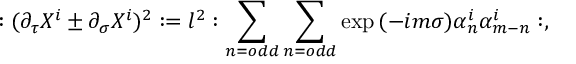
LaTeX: : ( \partial _ { \tau } X ^ { i } \pm \partial _ { \sigma } X ^ { i } ) ^ { 2 } : = l ^ { 2 } : \sum _ { n = o d d } \sum _ { n = o d d } \exp { ( - i m \sigma ) } \alpha _ { n } ^ { i } \alpha _ { m - n } ^ { i } : ,